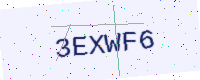
Text: 3EXWF6